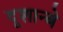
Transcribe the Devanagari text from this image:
दूशान्बे